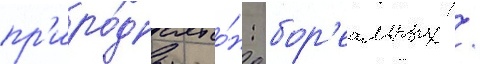
пр'иро́дных зо́н: бор'еальных /